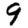
Digit: 9